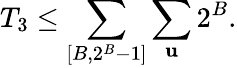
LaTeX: T_{3}\leq\sum_{[B,2^{B}-1]}\sum_{\mathbf{u}}2^{B}.